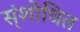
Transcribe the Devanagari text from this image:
स्ंशोधित